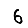
Digit: 6